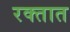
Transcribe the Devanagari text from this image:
रक्‍तात